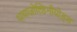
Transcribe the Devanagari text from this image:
थायाज़ोल्डिनीयोड्स